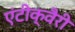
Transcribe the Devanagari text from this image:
एंटीक्वैरी